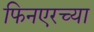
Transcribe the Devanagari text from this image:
फिनएरच्या